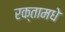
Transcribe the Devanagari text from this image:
रक्तामधे